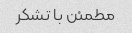
مطمئن با تشکر